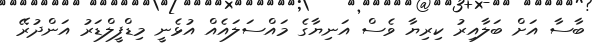
ބާސާ އަށް ބަލާއިރު ކިރިޔާ ވެސް އަނިޔާގެ މައްސަލައެއް އުޅެނީ މިޑްފީލްޑަރު އަންދުރޭ